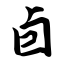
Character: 卣